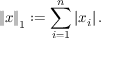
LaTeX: \left\| { \boldsymbol { x } } \right\| _ { 1 } : = \sum _ { i = 1 } ^ { n } \left| x _ { i } \right| .